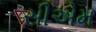
સીએમ